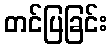
တင်ပြခြင်း